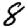
Digit: 8